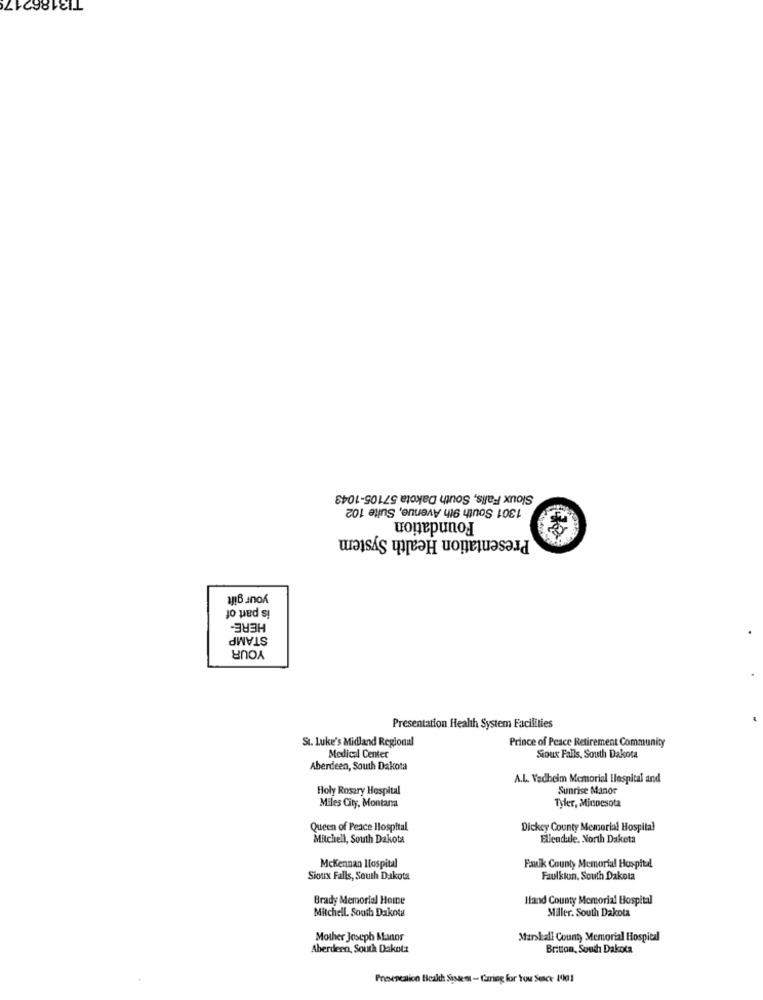
TI3186217
Sioux Falls, South Dakota 57105-1043
1301 South 9th Avenue, Suite 102
Foundation
Presentation Health System
your gift
is part of
HERE-
STAMP
YOUR
Presentation Health System Facilities
St. Luke's Midland Regional
Medical Center
Prince of Peace Retirement Community
Sioux Falls, South Dakota
Aberdeen, South Dakota
A.L. Vadheim Memorial Hospital and
Holy Rosary Hospital
Sunrise Manor
Tyler, Minnesota
Miles City, Montana
Queen of Peace Hospital
Dickey County Memorial Hospital
Mitchell, South Dakota
Ellendale. North Dakota
Mckennan Hospital
Faulk County Memorial Hospital
Sioux Falls, South Dakota
Faulkin. South Dakota
Brady Memorial Hoine
Hand County Memorial Hospital
Mitchell. South Dakota
Miller. South Dakota
Mother Joseph Manor
Manskall County Memorial Hospital
Aberdeen, South Dakota
Britton, South Dakota
Presentation Health Systemt - Caring for You Sence- 1001